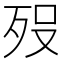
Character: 𭮈